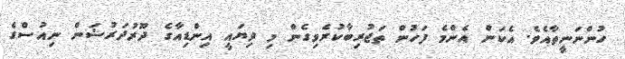
ހުންނަނީތާއެވެ. އެކަން އެންމެ ފަހުން ތަޖުރިބާކުރެވިގެން މި ދިޔައީ އިންޑިއާގެ ދޫރުދަރުޝަން ނިއުސްގެ